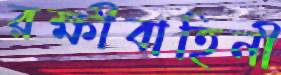
রক্ষীবাহিনী